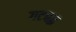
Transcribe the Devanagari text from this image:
गटबद्ध